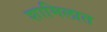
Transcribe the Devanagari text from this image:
शामिलात